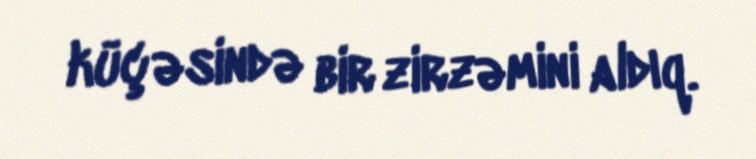
küçəsində bir zirzəmini aldıq.